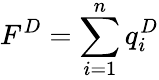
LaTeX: F^{D}=\sum_{i=1}^{n}q_{i}^{D}